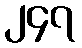
၂၄၇